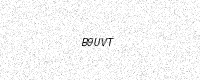
Text: B9UVT